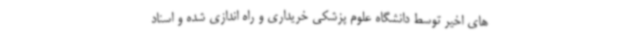
های اخیر توسط دانشگاه علوم پزشکی خریداری و راه اندازی شده و اسناد